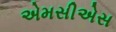
એમસીએસ